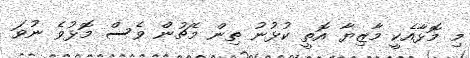
މި މޮޅާއެކީ މާޒިޔާ އޮތީ ކުޅުނު ތިން މެޗުން ވެސް މޮޅުވެ ނުވަ